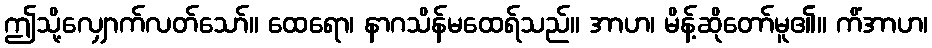
ဤသို့လျှောက်လတ်သော်။ ထေရော၊ နာဂသိန်မထေရ်သည်။ အာဟ၊ မိန့်ဆိုတော်မူ၏။ ကိံအာဟ၊